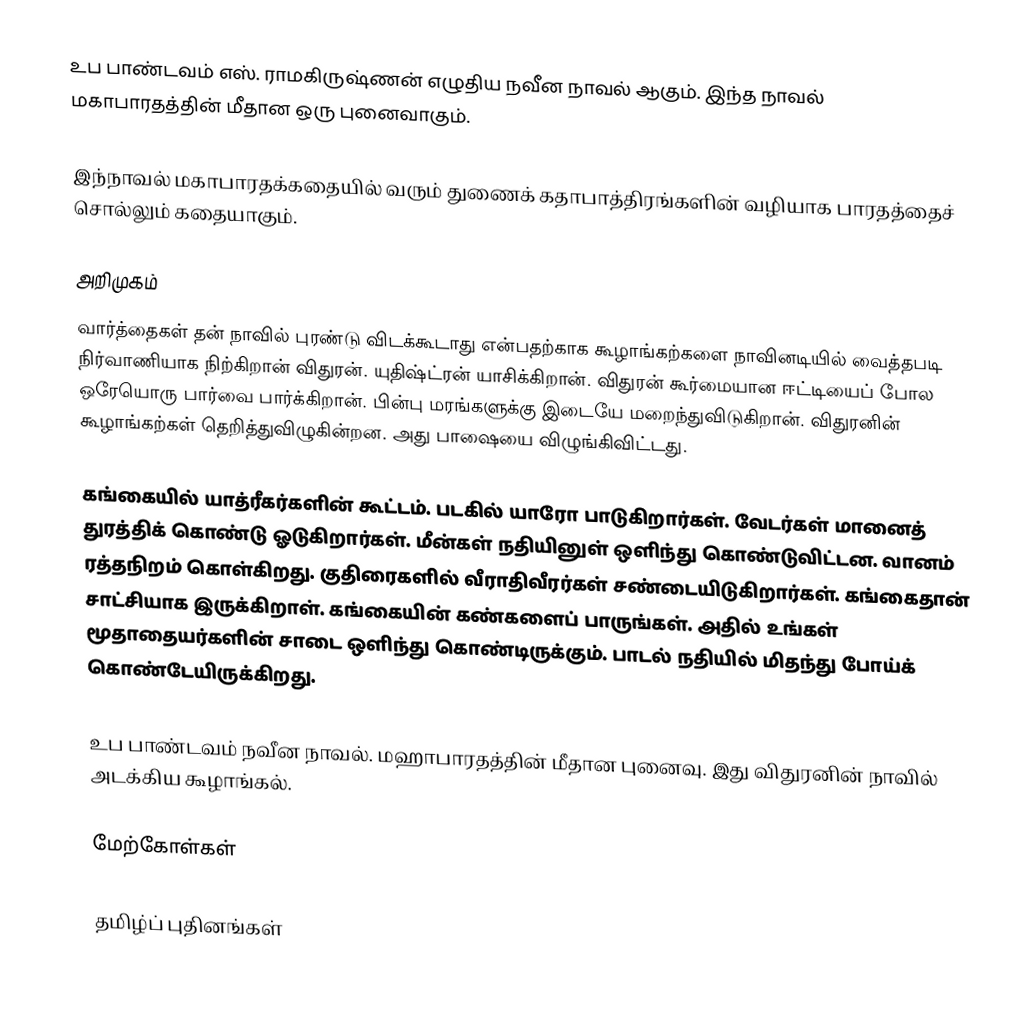
உப பாண்டவம் எஸ். ராமகிருஷ்ணன் எழுதிய நவீன நாவல் ஆகும். இந்த நாவல் மகாபாரதத்தின் மீதான ஒரு புனைவாகும்.

இந்நாவல் மகாபாரதக்கதையில் வரும் துணைக் கதாபாத்திரங்களின் வழியாக பாரதத்தைச் சொல்லும் கதையாகும்.

அறிமுகம்
வார்த்தைகள் தன் நாவில் புரண்டு விடக்கூடாது என்பதற்காக கூழாங்கற்களை நாவினடியில் வைத்தபடி நிர்வாணியாக நிற்கிறான் விதுரன். யுதிஷ்ட்ரன் யாசிக்கிறான். விதுரன் கூர்மையான ஈட்டியைப் போல ஒரேயொரு பார்வை பார்க்கிறான். பின்பு மரங்களுக்கு இடையே மறைந்துவிடுகிறான். விதுரனின் கூழாங்கற்கள் தெறித்துவிழுகின்றன. அது பாஷையை விழுங்கிவிட்டது.

கங்கையில் யாத்ரீகர்களின் கூட்டம். படகில் யாரோ பாடுகிறார்கள். வேடர்கள் மானைத் துரத்திக் கொண்டு ஓடுகிறார்கள். மீன்கள் நதியினுள் ஒளிந்து கொண்டுவிட்டன. வானம் ரத்தநிறம் கொள்கிறது. குதிரைகளில் வீராதிவீரர்கள் சண்டையிடுகிறார்கள். கங்கைதான் சாட்சியாக இருக்கிறாள். கங்கையின் கண்களைப் பாருங்கள். அதில் உங்கள் மூதாதையர்களின் சாடை ஒளிந்து கொண்டிருக்கும். பாடல் நதியில் மிதந்து போய்க் கொண்டேயிருக்கிறது.

உப பாண்டவம் நவீன நாவல். மஹாபாரதத்தின் மீதான புனைவு. இது விதுரனின் நாவில் அடக்கிய கூழாங்கல்.

மேற்கோள்கள்

தமிழ்ப் புதினங்கள்